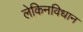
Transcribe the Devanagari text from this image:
लेकिनविधान